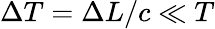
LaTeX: \Delta T=\Delta L/c\ll T